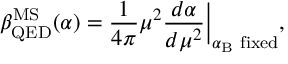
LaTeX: \beta _ { \mathrm { \tiny { Q E D } } } ^ { \mathrm { \tiny { M S } } } ( \alpha ) = \frac { 1 } { 4 \pi } \mu ^ { 2 } \frac { d \alpha } { d \mu ^ { 2 } } \biggr | _ { \alpha _ { \mathrm { \tiny { B } } } \mathrm { \scriptsize { ~ f i x e d } } } ,